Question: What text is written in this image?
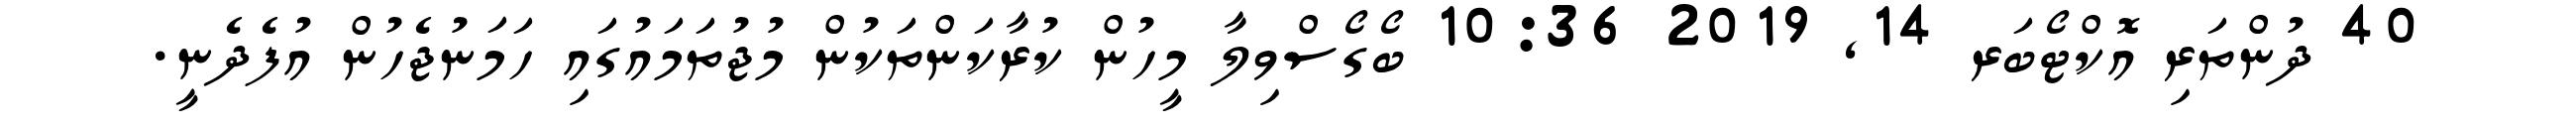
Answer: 40 ދުންތަރި އޮކްޓޯބަރ 14, 2019 10:36 ބޯގޯސްވިލާ މީހުން ކުރާކަންތަކުން މުޖުތަމައުގައި ހަމަނުޖެހުން އުފެދެނީ.